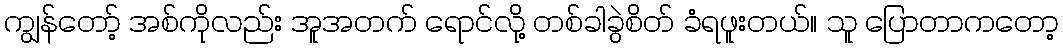
ကျွန်တော့် အစ်ကိုလည်း အူအတက် ရောင်လို့ တစ်ခါခွဲစိတ် ခံရဖူးတယ်။ သူ ပြောတာကတော့